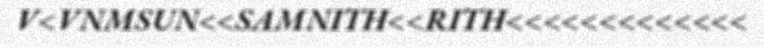
V<VNMSUN<<SAMNITH<<RITH<<<<<<<<<<<<<